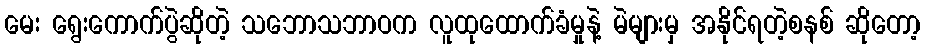
မေး ရွေးကောက်ပွဲဆိုတဲ့ သဘောသဘာဝက လူထုထောက်ခံမှုနဲ့ မဲများမှ အနိုင်ရတဲ့စနစ် ဆိုတော့